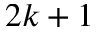
2 k + 1